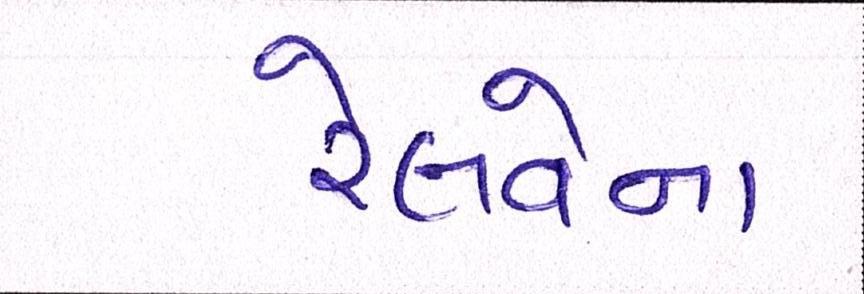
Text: રેલવેના